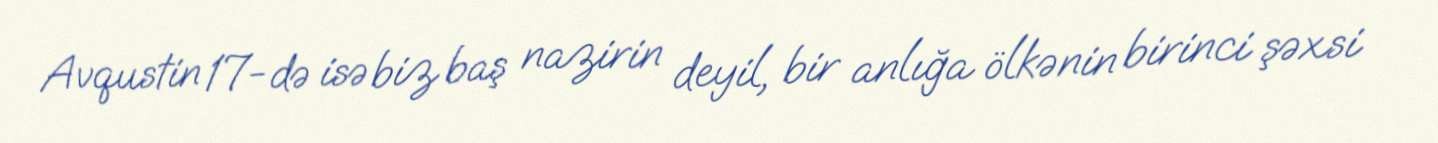
Avqustin 17-də isə biz baş nazirin deyil, bir anlığa ölkənin birinci şəxsi